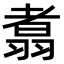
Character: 翥